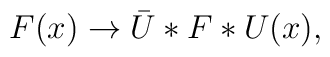
F(x)\to \bar{U}*F*U(x),